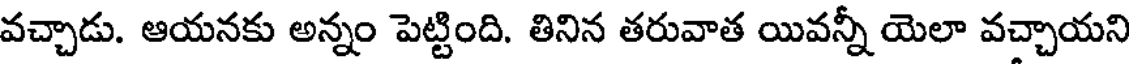
వచ్చాడు. ఆయనకు అన్నం పెట్టింది. తినిన తరువాత యివన్నీ యెలా వచ్చాయని